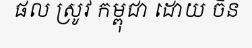
ផល ស្រូវ កម្ពុជា ដោយ ចិន